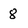
Character: 8